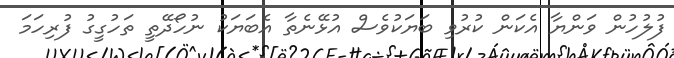
ފުލުހުން ވަންޔާ އެކަން ކުރުވި ބަޔަކުވެސް އުޅޭނެތާ އެބަޔަކު ނުހޯދޭތީ ތަަހުގީގު ފުރިހަމަ